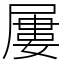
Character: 屢